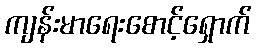
ကျန်းမာရေးစောင့်ရှောက်